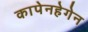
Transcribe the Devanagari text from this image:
कापेनहेगेन